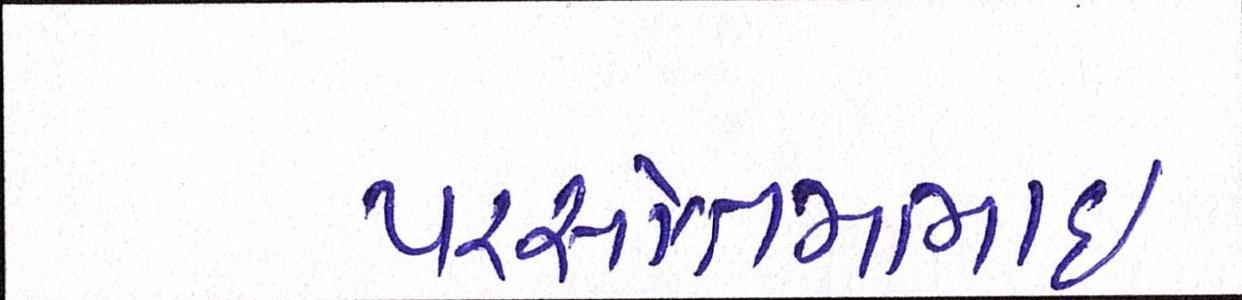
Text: પરસોત્તમભાઈ